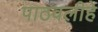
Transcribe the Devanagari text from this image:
पाठवलीहे